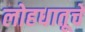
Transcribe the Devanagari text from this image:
लोहधातूचे